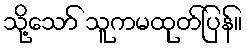
သို့သော် သူကမထုတ်ပြန်။